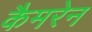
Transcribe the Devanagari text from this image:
कैमरेन